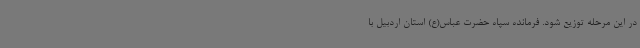
در این مرحله توزیع شود. فرمانده سپاه حضرت عباس(ع) استان اردبیل با